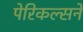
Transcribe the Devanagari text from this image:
पेरिकल्सने